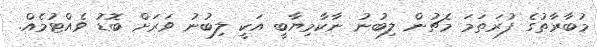
މުބާރާތުގެ ފުރަތަމަ މެޗުން ލިބުނު ނާކާމިޔާބީ އަކީ ލިބުނު ވަރަށް ބޮޑު ވެއްޓުމެއް.